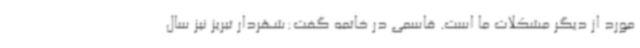
مورد از دیگر مشکلات ما است. قاسمی در خاتمه گفت:شهردار تبریز نیز سال